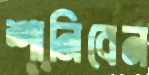
শানিবেন